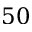
5 0